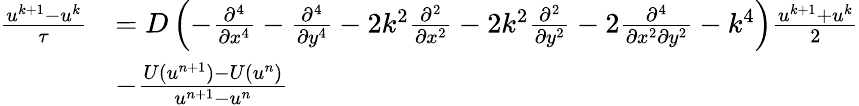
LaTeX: \begin{array}{rl}{\frac{u^{k+1}-u^{k}}{\tau}}&{=D\left(-\frac{\partial^{4}}{\partial x^{4}}-\frac{\partial^{4}}{\partial y^{4}}-2k^{2}\frac{\partial^{2}}{\partial x^{2}}-2k^{2}\frac{\partial^{2}}{\partial y^{2}}-2\frac{\partial^{4}}{\partial x^{2}\partial y^{2}}-k^{4}\right)\frac{u^{k+1}+u^{k}}{2}}\\ &{-\frac{U(u^{n+1})-U(u^{n})}{u^{n+1}-u^{n}}}\end{array}